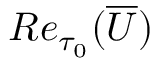
R e _ { \tau _ { 0 } } ( \overline { { U } } )